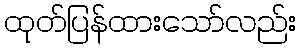
ထုတ်ပြန်ထားသော်လည်း